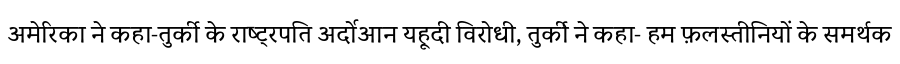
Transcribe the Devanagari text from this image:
अमेरिका ने कहा-तुर्की के राष्ट्रपति अर्दोआन यहूदी विरोधी, तुर्की ने कहा- हम फ़लस्तीनियों के समर्थक